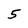
Character: 5